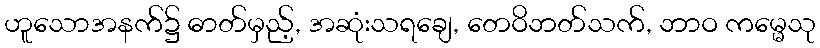
ဟူသောအနက်၌ ဓာတ်မှည့်, အဆုံးသရချေ, တေဝိဘတ်သက်, ဘာဝ ကမ္မေသု